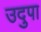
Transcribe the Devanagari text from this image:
उदुपा